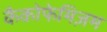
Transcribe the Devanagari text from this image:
कैकोफेमिज़म